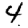
Digit: 4